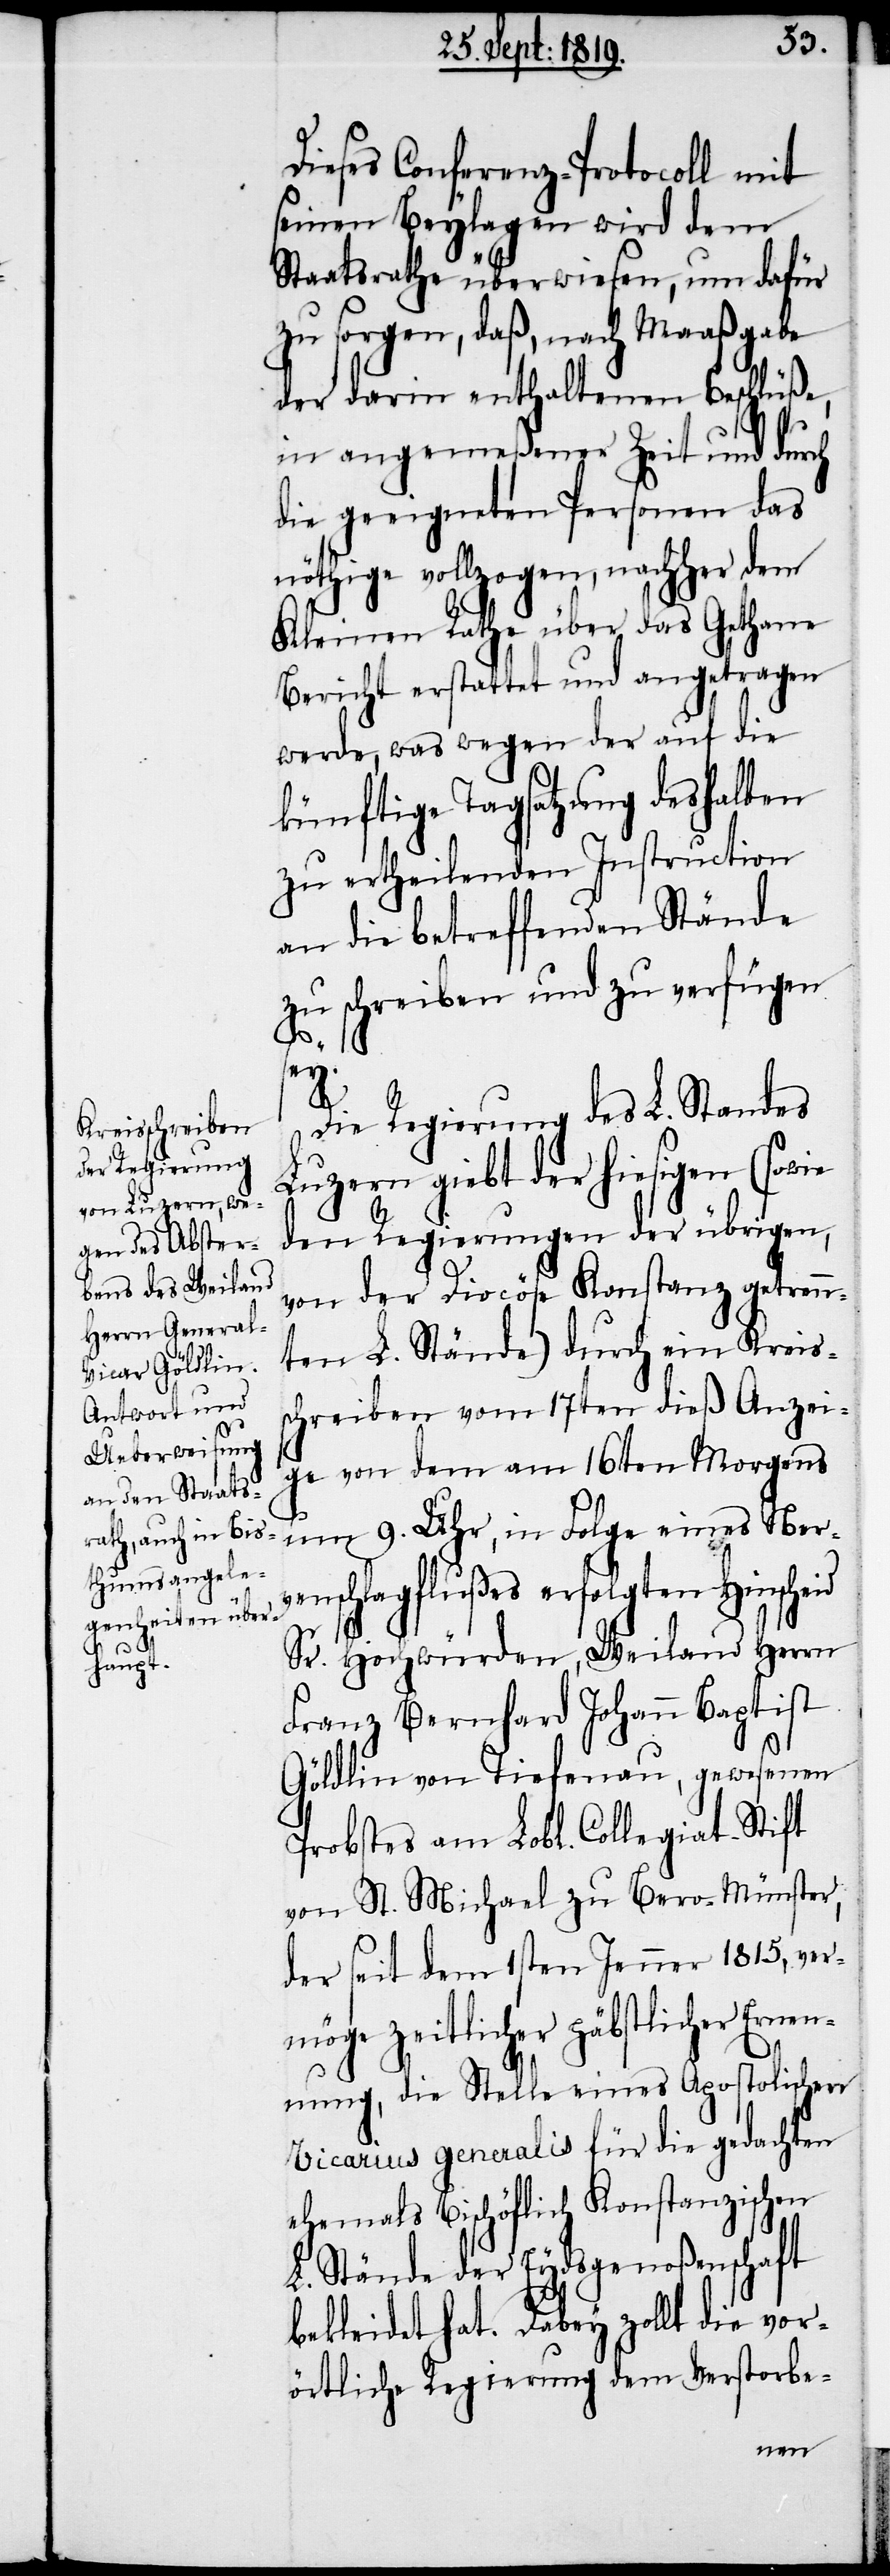
Dieses Conferenz-Protocoll mit
seinen Beylagen wird dem
Staatsrathe überwiesen, um dafür
zu sorgen, daß, nach Maaßgabe
der darin enthaltenen Beschlüße,
in angemeßener Zeit und durch
die geeigneten Personen das
nöthige vollzogen, nachher dem
Kleinen Rathe über das Gethane
Bericht erstattet und angetragen
werde, was wegen der auf die
künftige Tagsatzung deshalben
zu ertheilenden Instruction
an die betreffenden Stände
zu schreiben und zu verfügen
sey.
Die Regierung des L. Standes
Luzern giebt der hiesigen (sowie
den Regierungen der übrigen,
von der Diocöse Konstanz getren¬
nten L. Stände) durch ein Kreis¬
schreiben vom 17ten dieß Anzei¬
ge von dem am 16ten Morgens
um 9. Uhr, in Folge eines Nerv¬
enschlagflußes erfolgten Hinscheid
Sr. Hochwürden, Weiland Herrn
Franz Bernhard Johann Baptist
Göldlin von Tiefenau, gewesenen
Probstes am Lobl. Collegiat-Stift
von St. Michael zu Bero-Münster,
der seit dem 1sten Jenner 1815, ver¬
möge zeitlicher päbstlicher Erne¬
nnung, die Stelle eines Apostolischen
Vicarius generalis für die gedachten
ehemals Bischöflich Konstanzischen
L. Stände der Eydsgenoßenschaft
bekleidet hat. Dabey zollt die vor¬
örtliche Regierung dem Verstorbe-